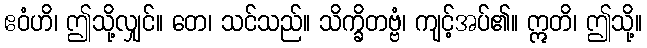
ဧဝံဟိ၊ ဤသို့လျှင်။ တေ၊ သင်သည်။ သိက္ခိတဗ္ဗံ၊ ကျင့်အပ်၏။ ဣတိ၊ ဤသို့။